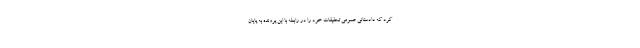
کرد که دادستانی عمومی تحقیقات خود را در رابطه با این پرونده به پایان